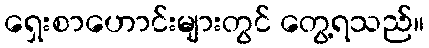
ရှေးစာဟောင်းများတွင် တွေ့ရသည်။